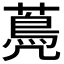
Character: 𦽏